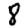
Digit: 8